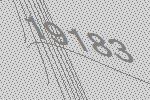
19183